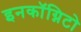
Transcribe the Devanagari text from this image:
इनकॉग्निटो